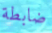
ضابطة